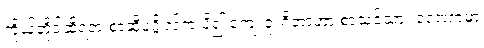
ကိုယ်တိုင်ဆိုရတဲ့ စာဆိုပုဂ္ဂိုလ်က ပို၍ ကျေးဇူးရှိတာဟာ စာသင်သား လောကမှာ